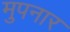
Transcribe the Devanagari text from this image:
मुपनार